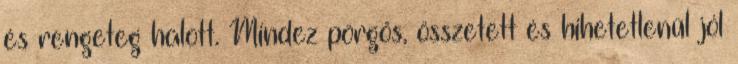
és rengeteg halott. Mindez pörgős, összetett és hihetetlenül jól